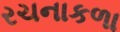
રચનાકળા